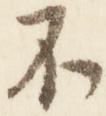
不